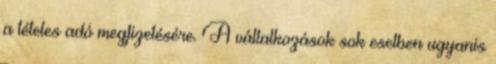
a tételes adó megfizetésére. A vállalkozások sok esetben ugyanis